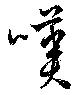
嘆